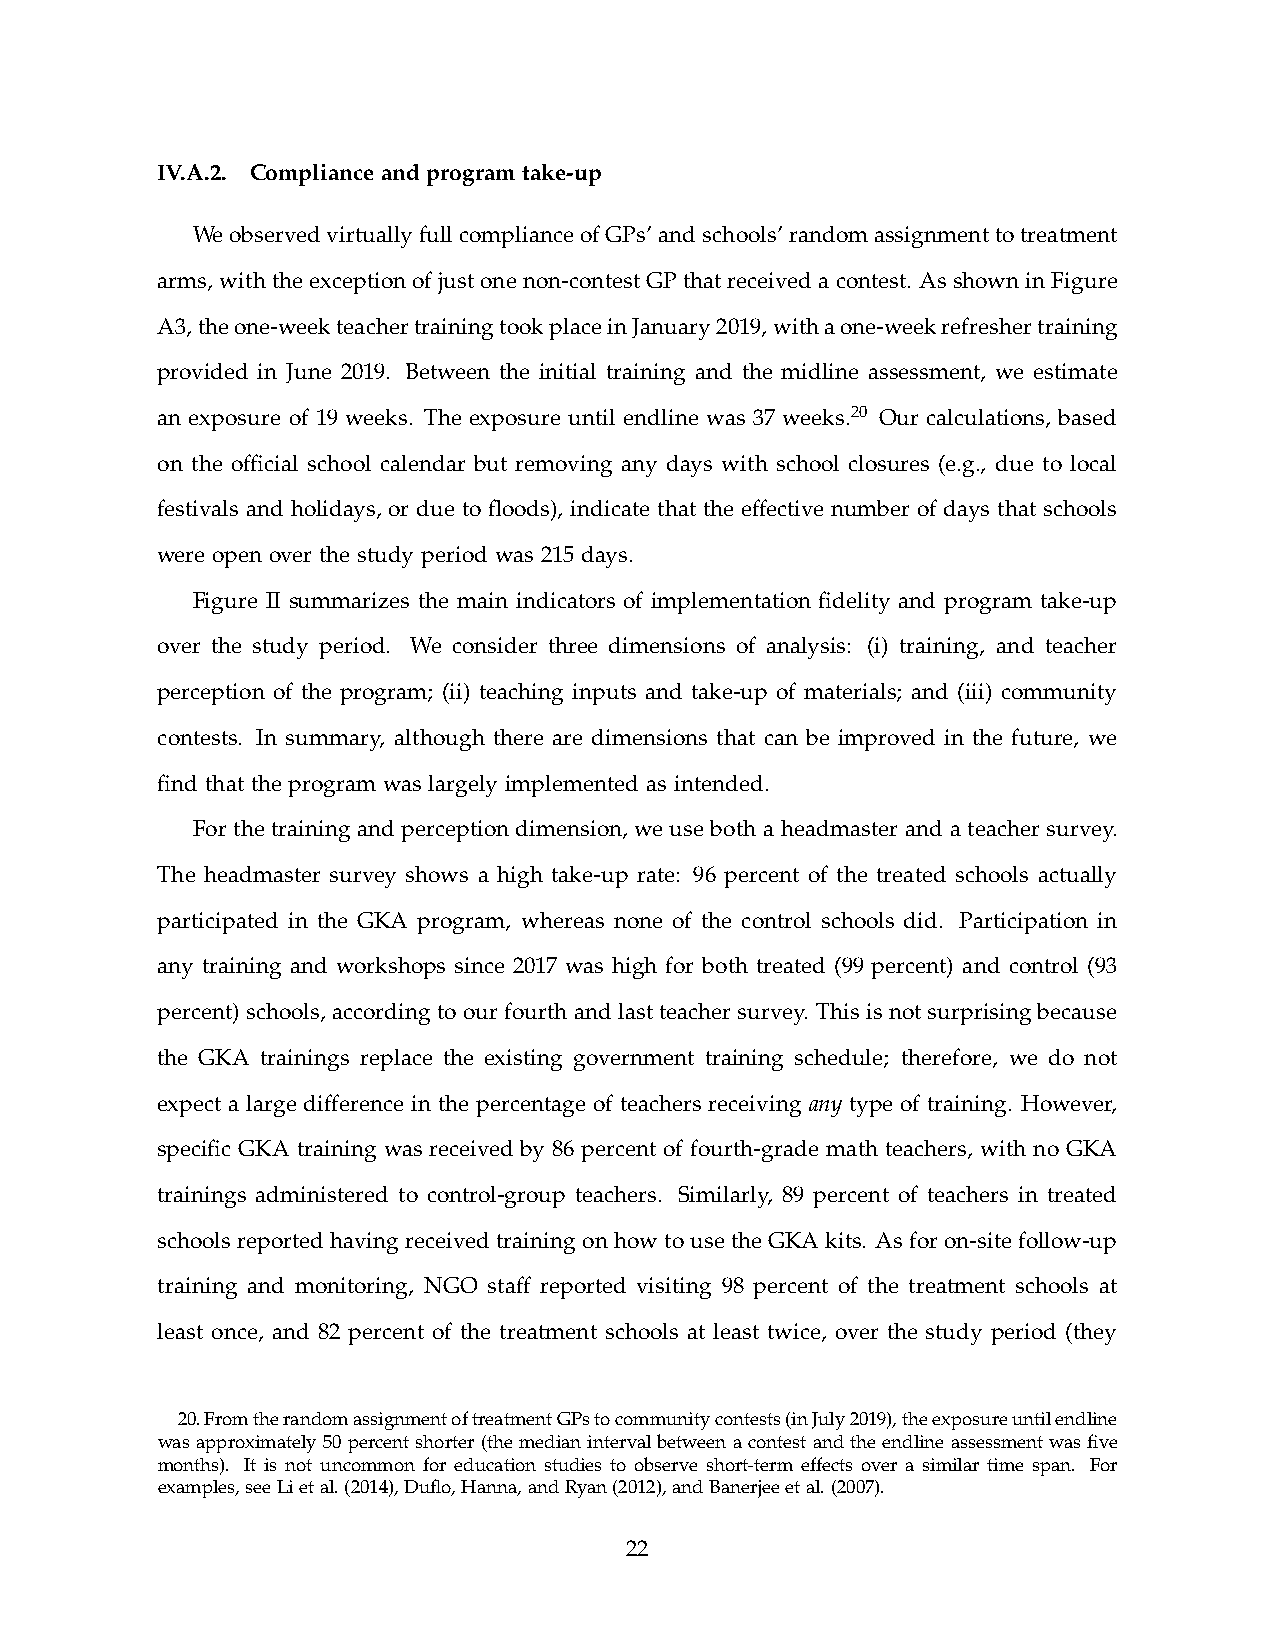
IV.A.2. Compliance and program take-up
 We observed virtually full compliance of GPs’ and schools’ random assignment to treatment
 arms, with the exception of just one non-contest GP that received a contest. As shown in Figure
 A3, the one-week teacher training took place in January 2019, with a one-week refresher training
 provided in June 2019. Between the initial training and the midline assessment, we estimate
 an exposure of 19 weeks. The exposure until endline was 37 weeks.20 Our calculations, based
 on the offcial school calendar but removing any days with school closures (e.g., due to local
 festivals and holidays, or due to foods), indicate that the effective number of days that schools
 were open over the study period was 215 days.
 Figure II summarizes the main indicators of implementation fdelity and program take-up
 over the study period. We consider three dimensions of analysis: (i) training, and teacher
 perception of the program; (ii) teaching inputs and take-up of materials; and (iii) community
 contests. In summary, although there are dimensions that can be improved in the future, we
 fnd that the program was largely implemented as intended.
 For the training and perception dimension, we use both a headmaster and a teacher survey.
 The headmaster survey shows a high take-up rate: 96 percent of the treated schools actually
 participated in the GKA program, whereas none of the control schools did. Participation in
 any training and workshops since 2017 was high for both treated (99 percent) and control (93
 percent) schools, according to our fourth and last teacher survey. This is not surprising because
 the GKA trainings replace the existing government training schedule; therefore, we do not
 expect a large difference in the percentage of teachers receiving any type of training. However,
 specifc GKA training was received by 86 percent of fourth-grade math teachers, with no GKA
 trainings administered to control-group teachers. Similarly, 89 percent of teachers in treated
 schools reported having received training on how to use the GKA kits. As for on-site follow-up
 training and monitoring, NGO staff reported visiting 98 percent of the treatment schools at
 least once, and 82 percent of the treatment schools at least twice, over the study period (they
 20. From the random assignment of treatment GPs to community contests (in July 2019), the exposure until endline
 was approximately 50 percent shorter (the median interval between a contest and the endline assessment was fve
 months). It is not uncommon for education studies to observe short-term effects over a similar time span. For
 examples, see Li et al. (2014), Dufo, Hanna, and Ryan (2012), and Banerjee et al. (2007).
 22